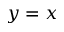
y = x